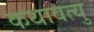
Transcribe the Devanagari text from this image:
कथावत्यु